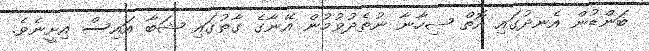
ބަންޑުން އެނދުގައި އޮތް ޝިހާނާ ނުތެދުވުމުން އޭނާގެ ގާތުގައި ޝަބާ އައިސް އިށީނެވެ.